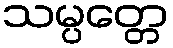
သမ္ပတ္တေ